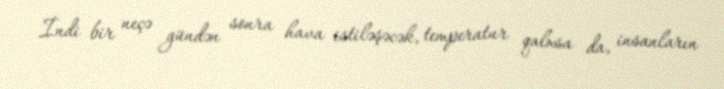
İndi bir neçə gündən sonra hava istiləşəcək, temperatur qalxsa da, insanların